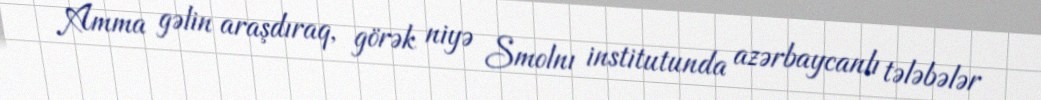
Amma gəlin araşdıraq, görək niyə Smolnı institutunda azərbaycanlı tələbələr